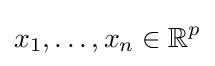
x_{1},\ldots ,x_{n}\in \mathbb {R} ^{p}